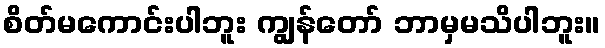
စိတ်မကောင်းပါဘူး ကျွန်တော် ဘာမှမသိပါဘူး။